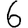
Digit: 6